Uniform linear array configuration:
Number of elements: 48
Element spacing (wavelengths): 0.75
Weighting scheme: exponential
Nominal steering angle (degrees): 60
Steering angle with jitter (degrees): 59.56
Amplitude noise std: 0.05
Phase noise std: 0.05

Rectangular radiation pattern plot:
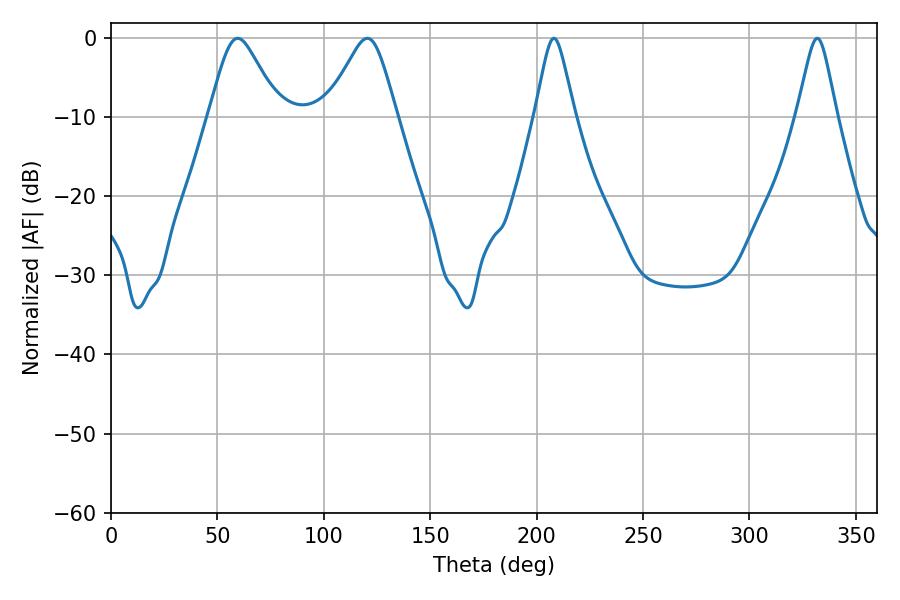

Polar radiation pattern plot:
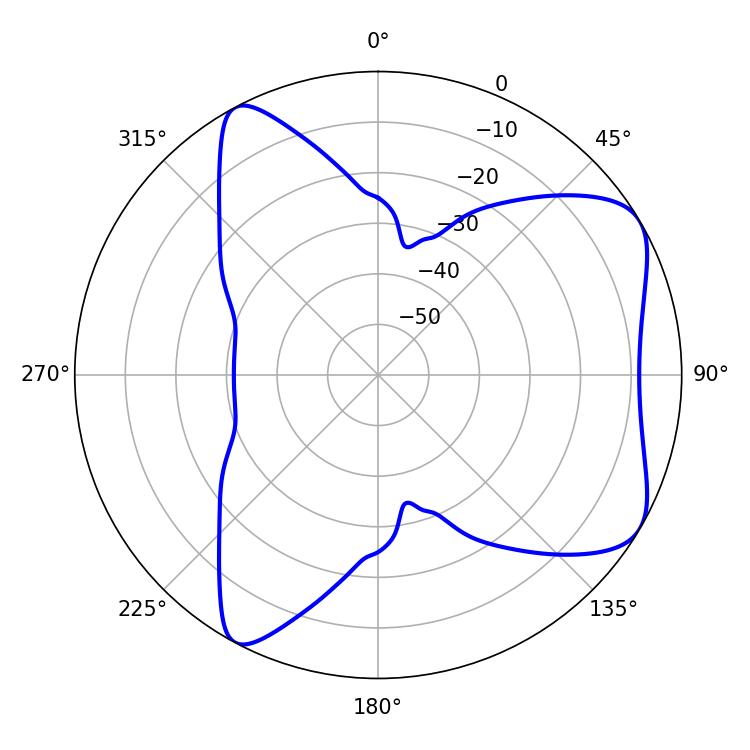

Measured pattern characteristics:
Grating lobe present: TRUE
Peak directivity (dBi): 6.613
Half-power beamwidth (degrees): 15.84
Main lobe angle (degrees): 59.58